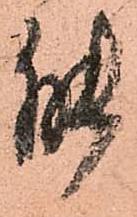
能